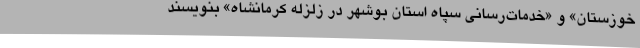
خوزستان» و «خدمات‌رسانی سپاه استان بوشهر در زلزله کرمانشاه» بنویسند